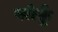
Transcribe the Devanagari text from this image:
खोर्कू